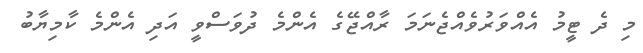
މި ދެ ޓީމު އެއްވަރުވެއްޖެނަމަ ރާއްޖޭގެ އެންމެ ދުވަސްވީ އަދި އެންމެ ކާމިޔާބު